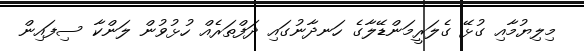
މިލިޔުމާއި ގުޅޭ ގެލަރީމަންޑޭލާގެ ހަނދާނުގައި ދަފްތަރެއް ހުޅުވުން ލަންކާ ސިފައިން